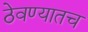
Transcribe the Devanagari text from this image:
ठेवण्यातच